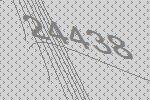
24438